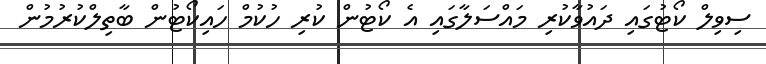
ސިވިލް ކޯޓުގައި ދައުވާކުރި މައްސަލާގައި އެ ކޯޓުން ކުރި ހުކުމް ހައިކޯޓުން ބާތިލްކުރުމުން